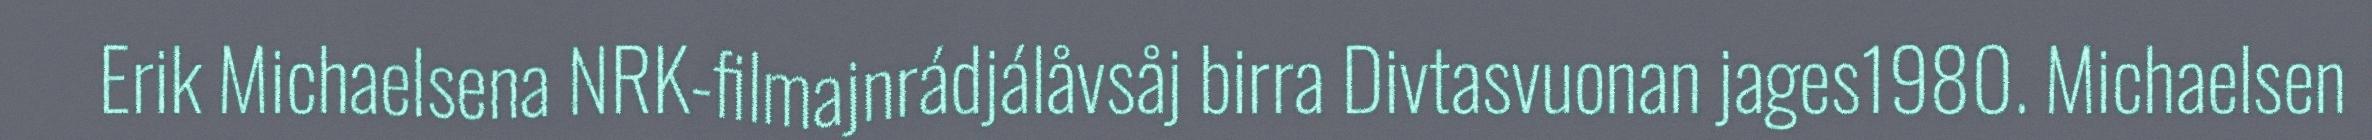
Erik Michaelsena NRK-filmajnrádjálåvsåj birra Divtasvuonan jages1980. Michaelsen